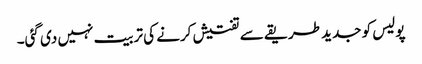
پولیس کو جدید طریقے سے تفتیش کرنے کی تربیت نہیں دی گئی۔